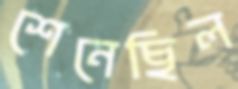
শেনেছিল